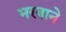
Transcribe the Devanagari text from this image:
भरवाने